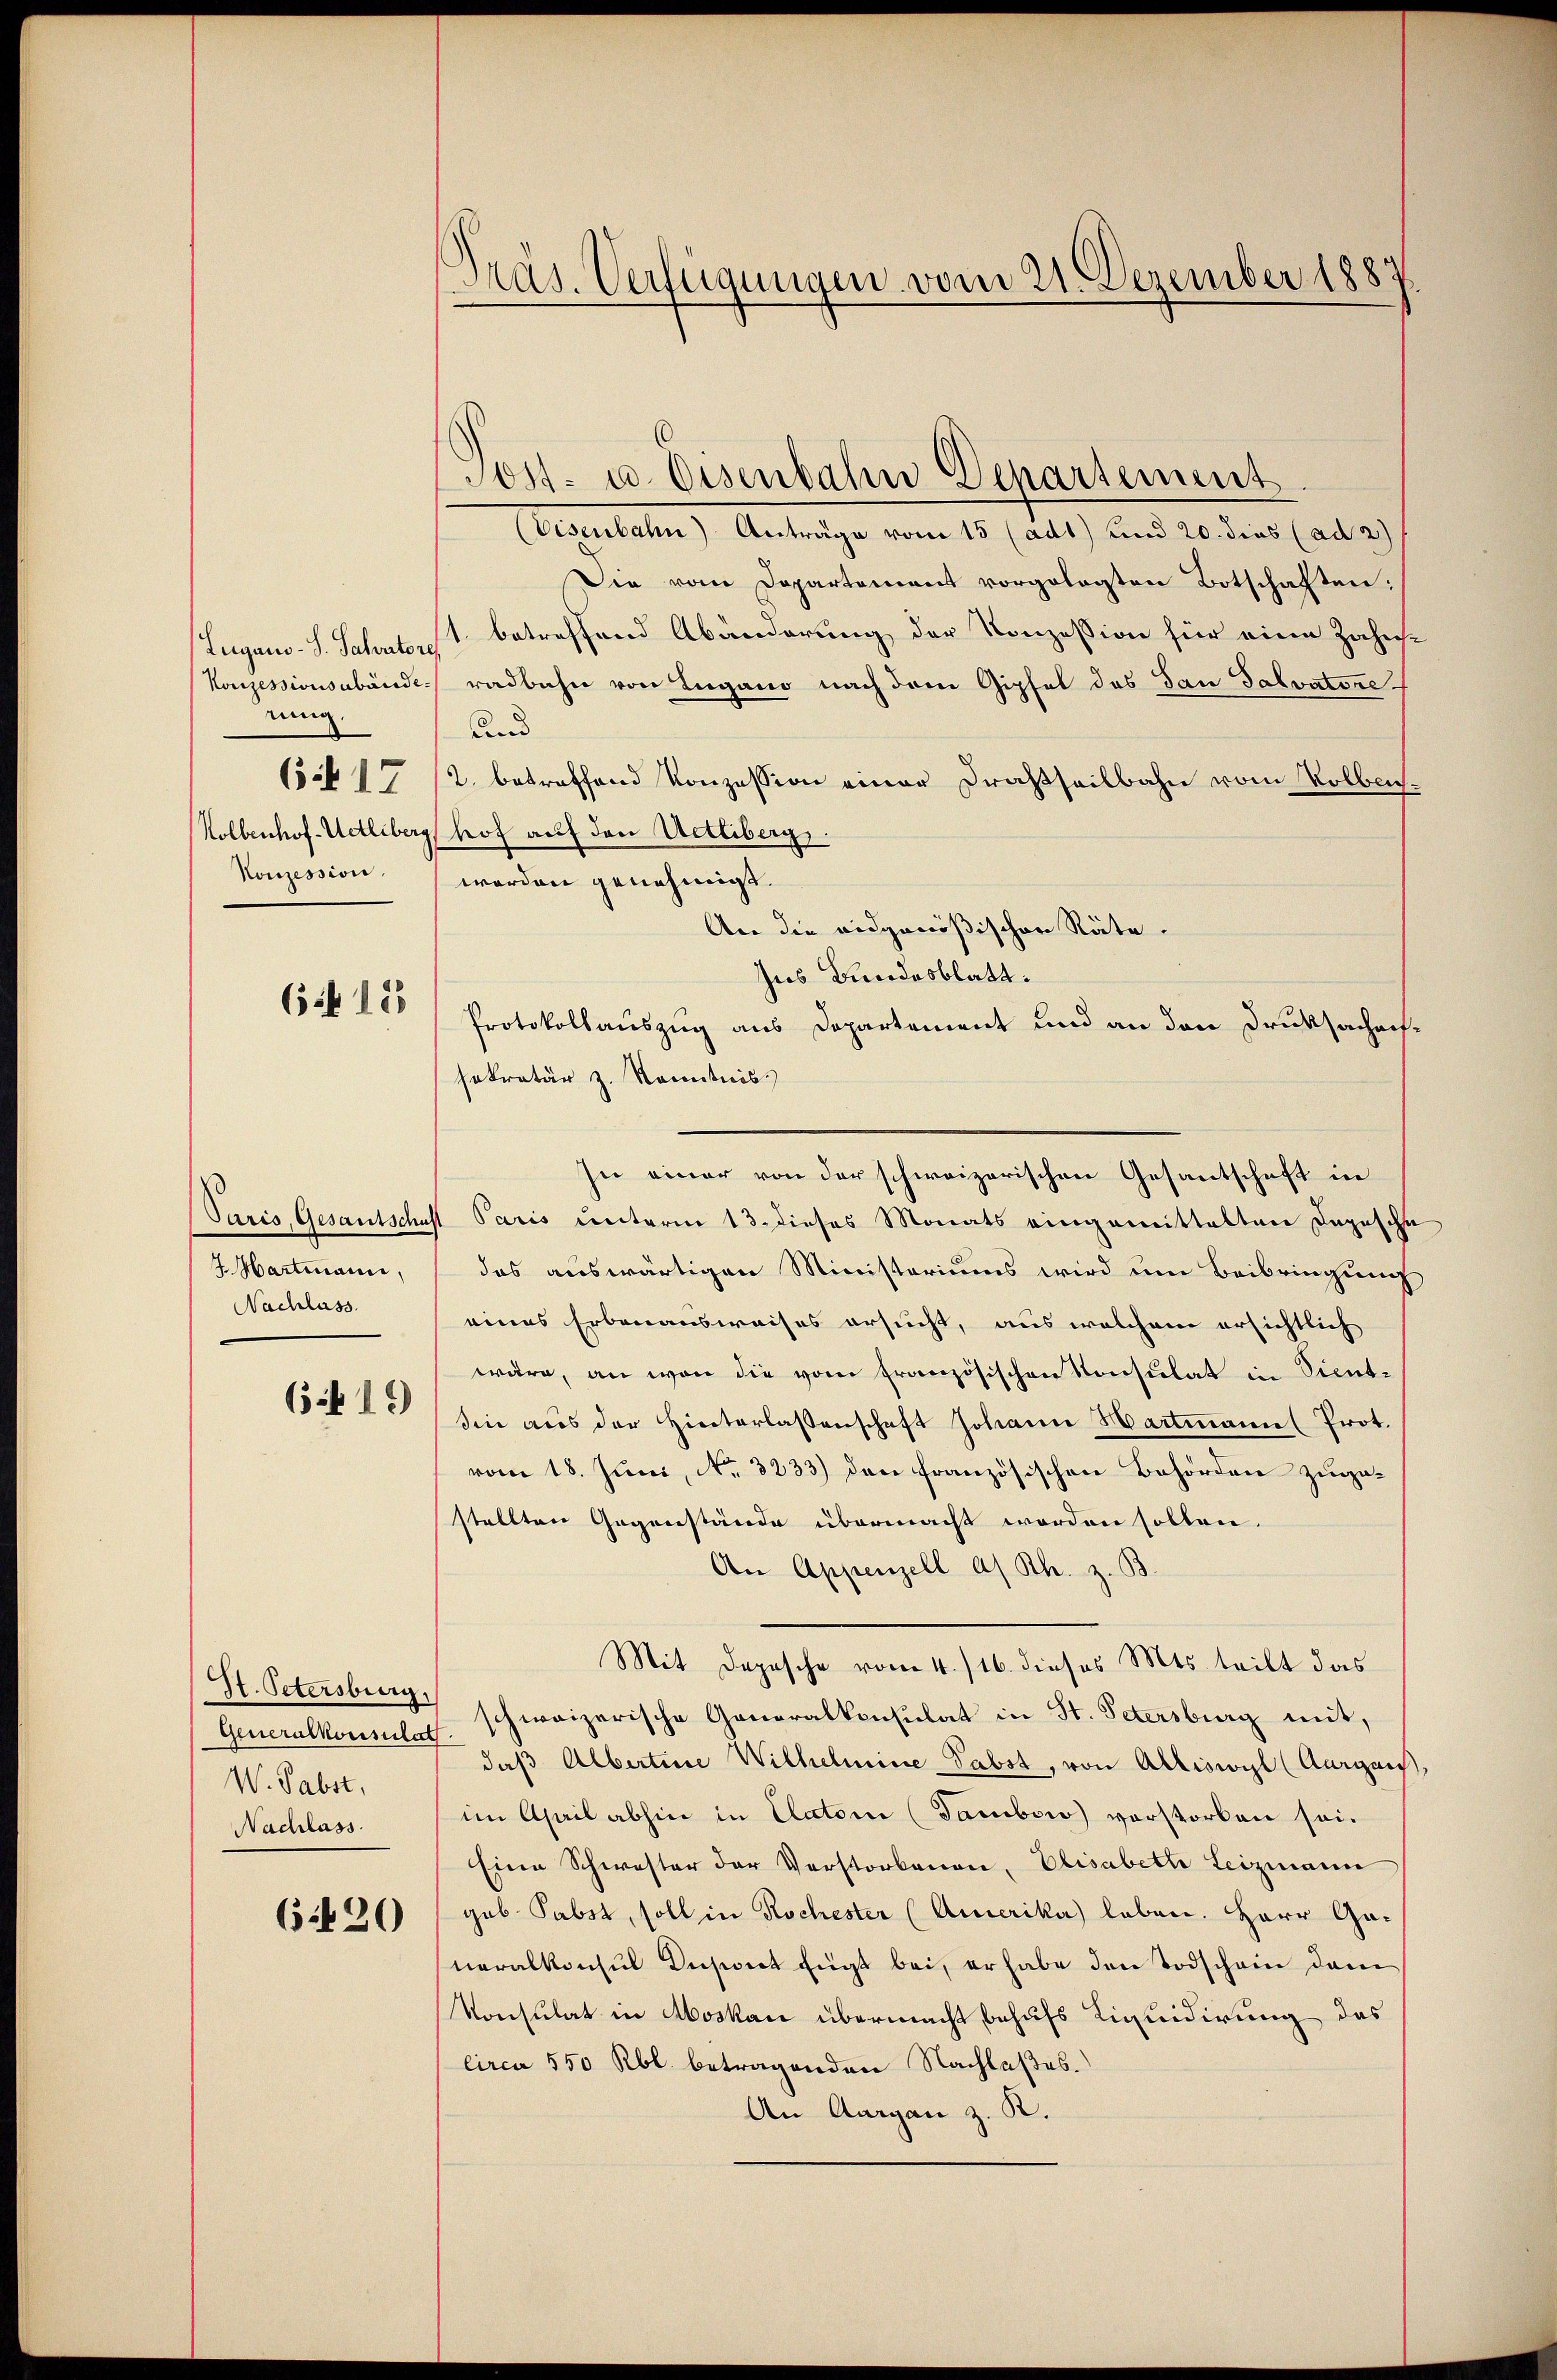
rung.
6f 17
Konzession.

6 f 12

7. Martmann,
Nachlass.

6.19

Generalkonsulat
W. Pabst,
Nachlass.

620

Präs. Verfügungen vom 21. Dezember 1887.

Tost- u. Eisenbahn Departement
(Eisenbahn) Anträge vom 15 (adt) und 20. dies (ad 2)
Die vom Departement vorgelegten Botschaften:
Lugano-S. Schator betreffend Abänderung der Konzession für eine Zahns¬
Konzessionsabände radbahn von Lugano nach dem Gipfel des San Salvatore
und
2. betreffend Konzession einer Drastheilbahn vom Volbeich¬
Kollenhof-Uetliberg hof auf den Uetliberg,
worden genehmigt.
An die eidgenößischen Räte.
Ins Bundesblatt.
Protokollauszug aus Departement und an den Druksachens-
sekretär z. Kenntniss
In einer von der schweizerischen Gesantschaft in
(Paris Gesantschaft Paris unterm 13. dieses Monats eingemittelten Depesche
das auswärtigen Ministeriums wird um Beibringung
eines Erbenausweises ersucht, aus welchem ersichtlich
wäre, an von die vom französischen Konsulat in Sient-
sin aus der Hinterlassenschaft Johann Hartmann (Prot.
vom 18. Juni, No. 3233) den französischen Behörden zugestellten Gegenstände übermacht worden sollen.
An Appenzell a. Rh. z. B
Mit Depesche vom 4./16. dieses Mts. teilt das
St. Petersburg schweizerische Generalkonsulat in St. Petersburg mit,
daβ Albertine Wilhelmine Pabst, von Alliswyl (Aargau,
im Ahail abhin in Clatone (Tambor verstorben sei.
Eine Schwester der Verstorbenen, Elisabeth Leizmann
gub Pabst, soll in Rochester (Amerika leben. Herr Ganeralkonsul Dusont fügt bei, er habe den Todschein dem
Konsulat in Aboskau übermacht behufs Liquidirung des
lirca 550 Rbl. betragenden Nachlaßes.
An Aargau z. R.